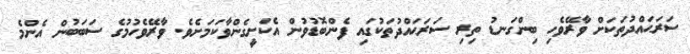
ސަރަޙައްދުތަކަށް ވާރޭވެހި ބިންގަނޑު ތިރި ސަރަޙައްދުތަކުގައި ފެންބޮޑުވުން އެކަށީގެންވާކަމަށެވެ. ވާރޭވެހުމުގެ ސަބަބުން އެންމެ